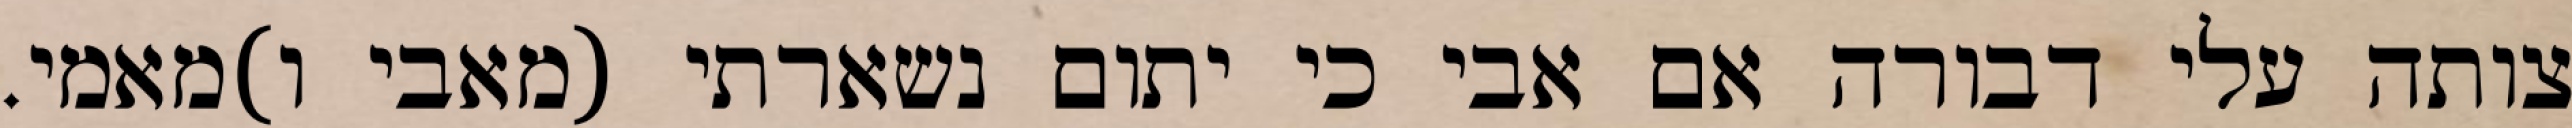
צותה עלי דבורה אם אבי כי יתום נשארתי (מאבי ו)מאמי.